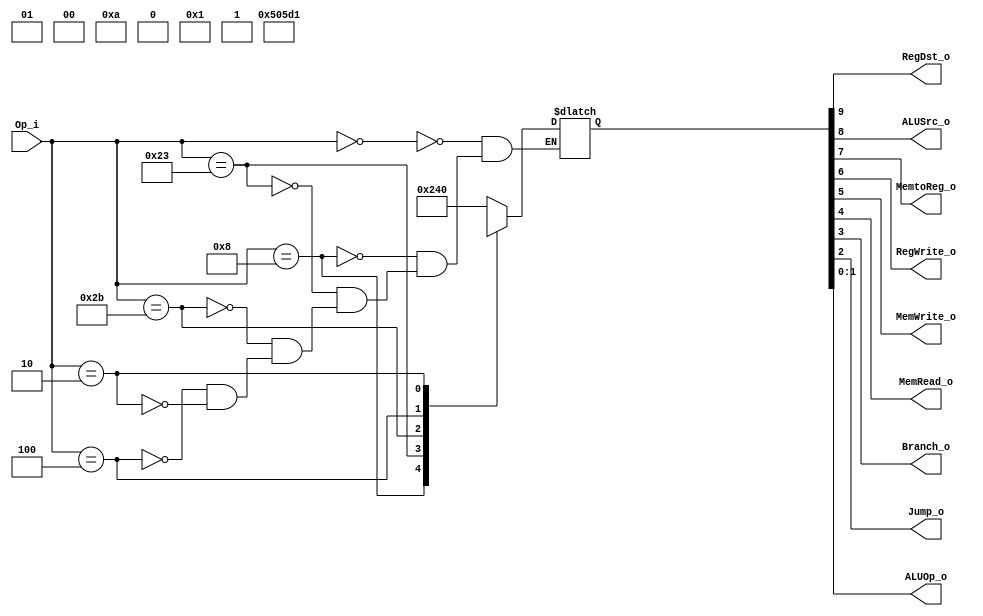
module Control
(
    Op_i,
    RegDst_o,
    ALUSrc_o, 
	MemtoReg_o,
    RegWrite_o,
	MemWrite_o,
	MemRead_o,
	Branch_o,
	Jump_o,
    ALUOp_o
);

input		[5:0]	Op_i;
output		[1:0]	ALUOp_o;
output				RegDst_o, ALUSrc_o, MemtoReg_o, RegWrite_o;
output				MemWrite_o, MemRead_o, Branch_o, Jump_o;
reg			[9:0]	tmp;
assign { RegDst_o, ALUSrc_o, MemtoReg_o, RegWrite_o,
	MemWrite_o, MemRead_o, Branch_o, Jump_o, ALUOp_o } = tmp;

initial begin
#1
	tmp = 0;
end

always @(*) begin
	case (Op_i)
		6'b000000: begin // r-type
			tmp = 10'b1001000000;
		end
		6'b001000: begin // addi
			tmp = 10'b0101000001;
		end
		6'b100011: begin // lw
			tmp = 10'b0111010001;
		end
		6'b101011: begin // sw
			tmp = 10'bx1x01x0001;
		end
		6'b000100: begin // beq
			tmp = 10'bx0x00x1010;
		end
		6'b000010: begin // jump
			tmp = 10'bxxx00x01xx;
		end
	endcase
end


endmodule